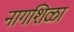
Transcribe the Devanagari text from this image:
नागशिळा